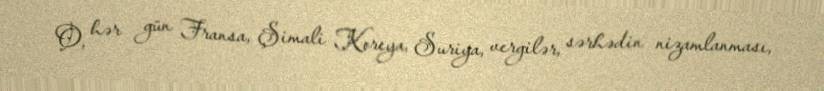
O, hər gün Fransa, Şimali Koreya, Suriya, vergilər, sərhədin nizamlanması,